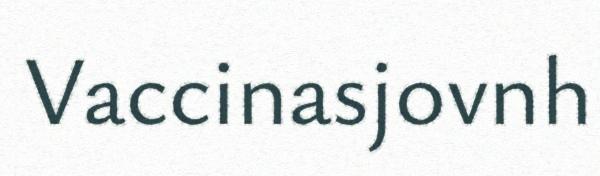
Vaccinasjovnh